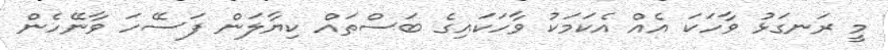
މީ ރަނގަޅު ވާހަކަ އެއް އެކަމަކު ވާހަކައިގެ ބަސްތައް ކިޔާލަން ފަސޭހަ ވާނޭހެން